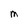
Character: M